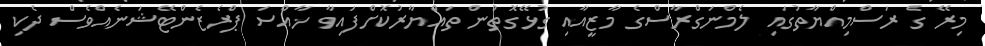
މިރޭ ގެ ރަސްމިއްޔާތުގައި ލެމްނަގްރާސްގެ މާޒީއާއި ގުޅޭގޮތުން ތައްޔާރުކޮށްފައިވާ ޚާއްސަ ޕްރެޒެންޓޭޝަނެއްވެސް ދެކި